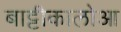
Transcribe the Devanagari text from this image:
बाट्टीकालोआ